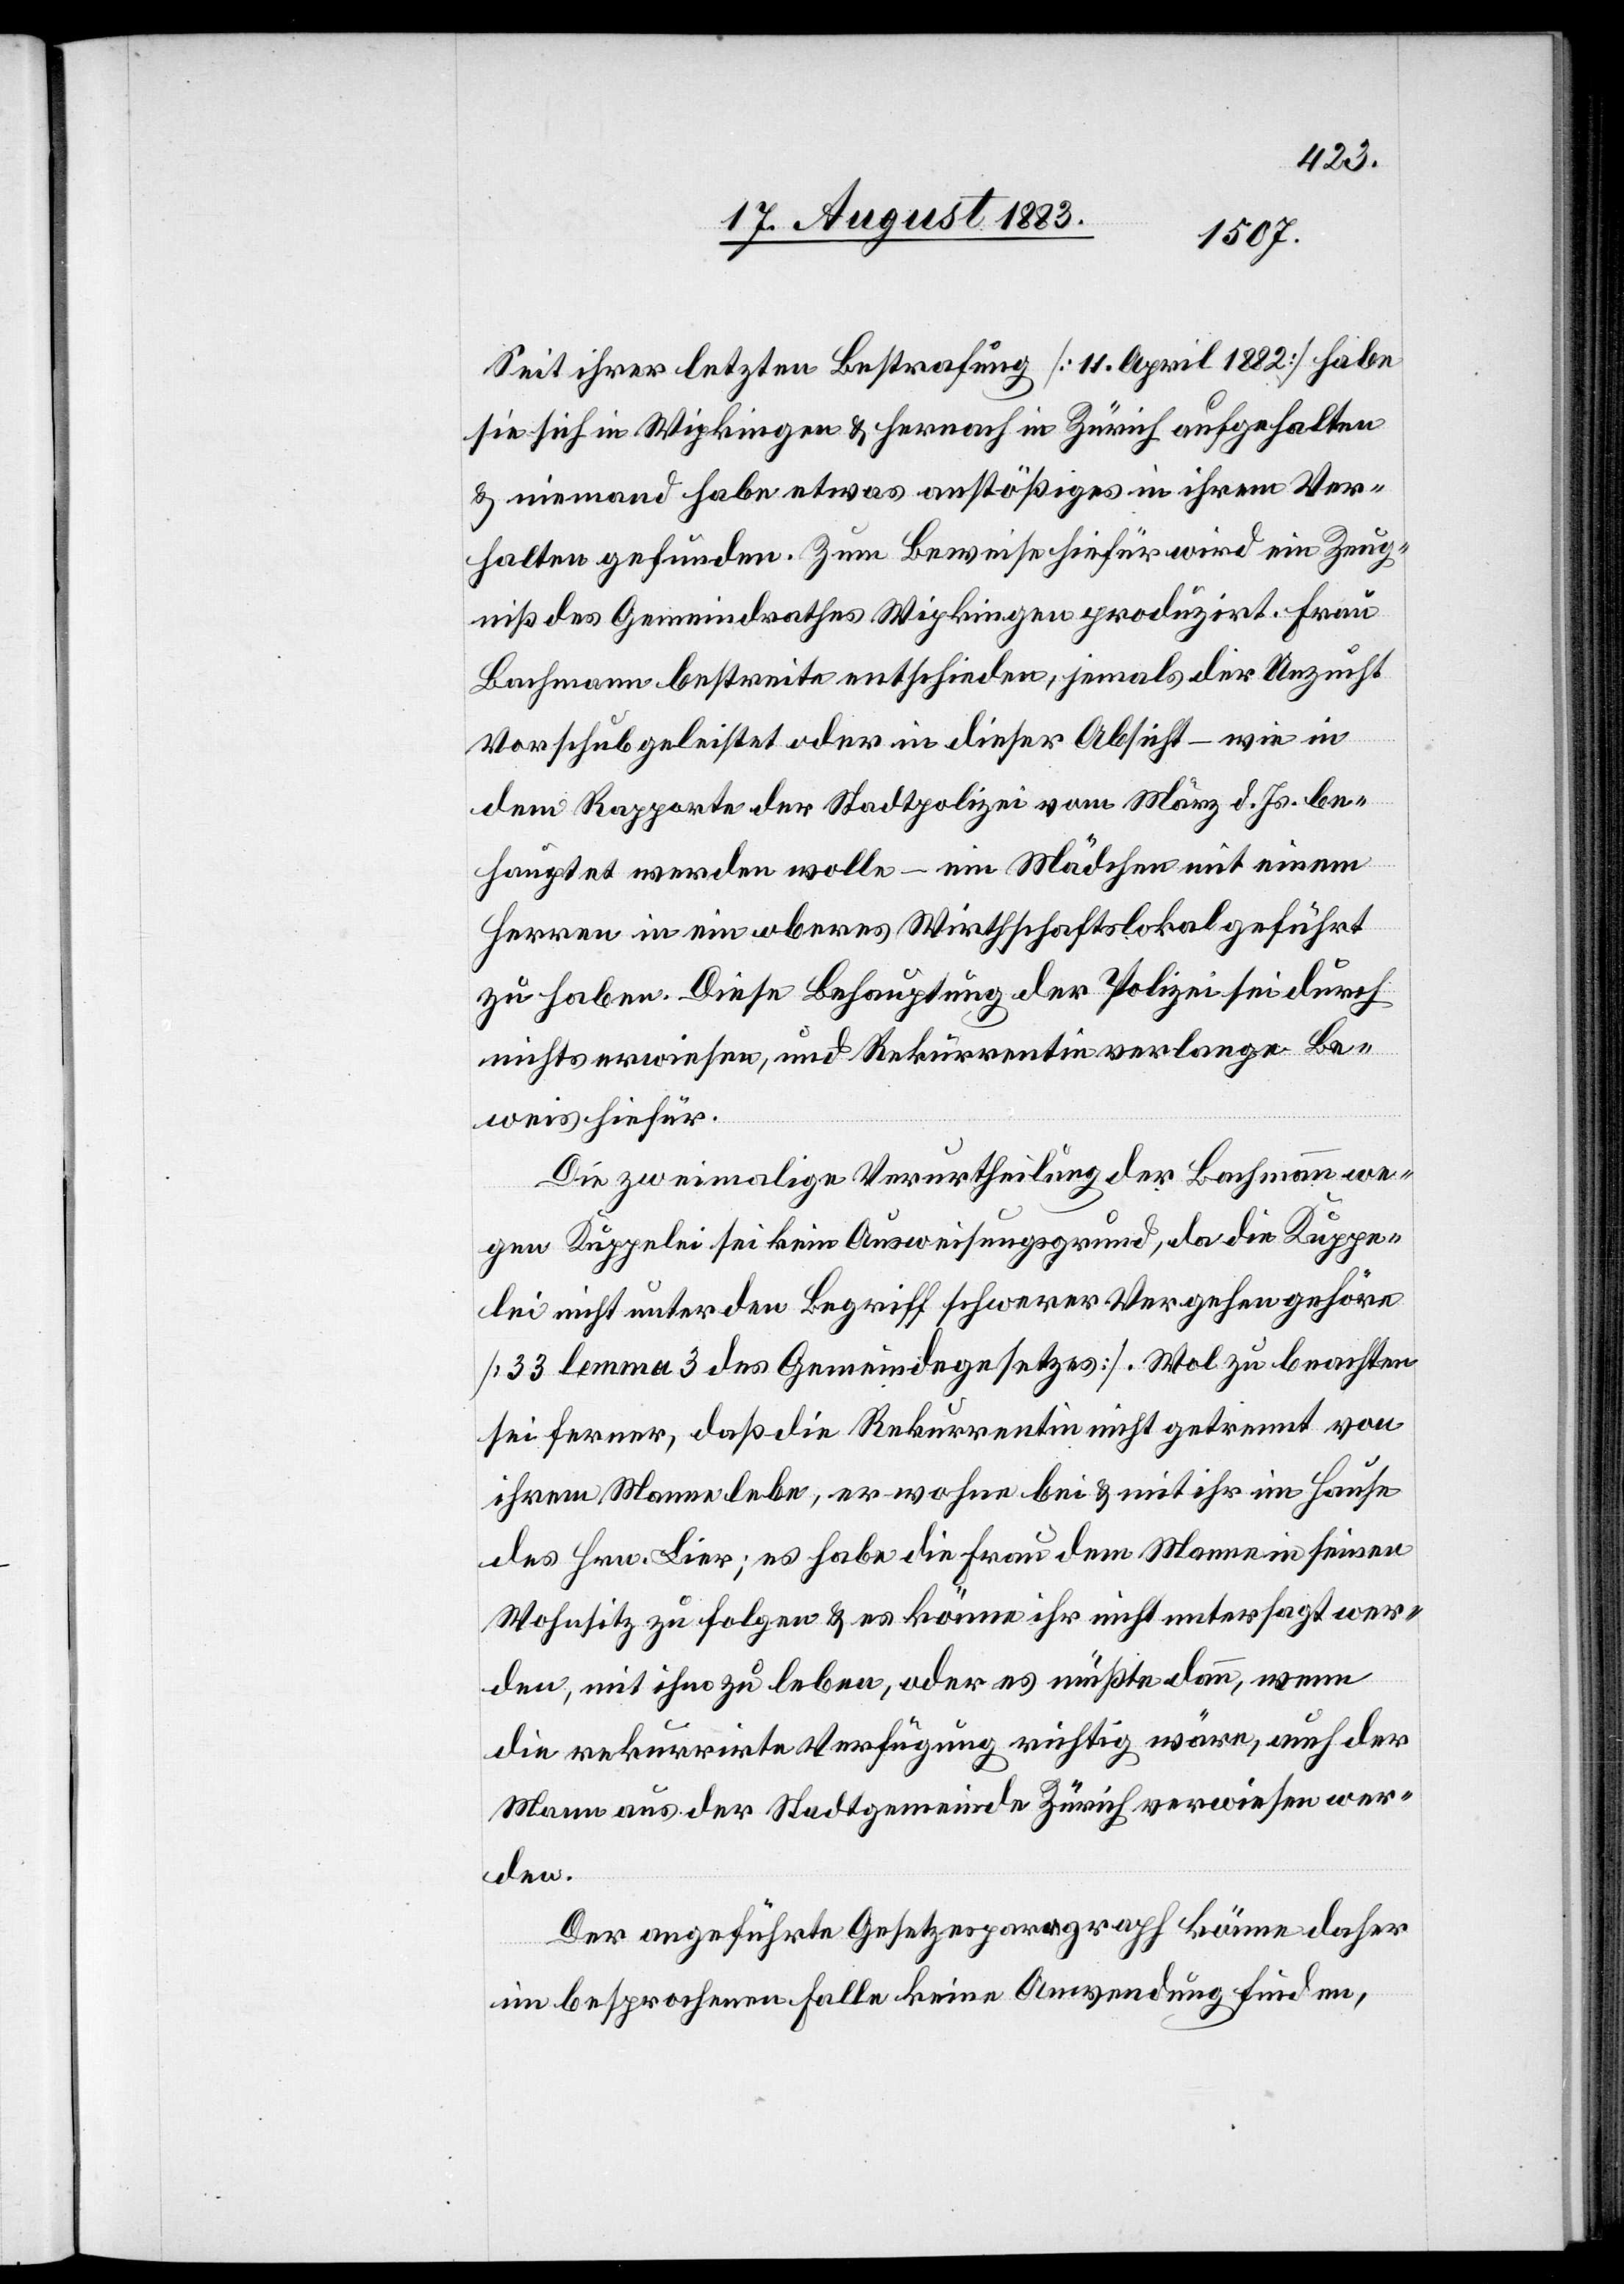
Seit ihrer letzten Bestrafung [11. April 1882] habe
sie sich in Wipkingen & hernach in Zürich aufgehalten
& niemand habe etwas anstößiges in ihrem Ver¬
halten gefunden. Zum Beweise hiefür wird ein Zeug¬
niß des Gemeindrathes Wipkingen produzirt. Frau
Bachmann bestreite entschieden, jemals der Unzucht
Vorschub geleistet oder in dieser Absicht – wie in
dem Rapporte der Stadtpolizei vom März d. Js. be¬
hauptet werden wolle – ein Mädchen mit einem
Herren in ein oberes Wirthschaftslokal geführt
zu haben. Diese Behauptung der Polizei sei durch
nichts erwiesen, und Rekurrentin verlange Be¬
weis hiefür.
Die zweimalige Verurtheilung der Bachmann we¬
gen Kuppelei sei kein Ausweisungsgrund, da die Kuppe¬
lei nicht unter den Begriff schwerer Vergehen gehöre
33 lemma 3 des Gemeindegesetzes]. Wol zu beachten
sei ferner, daß die Rekurrentin nicht getrennt von
ihrem Manne lebe, er wohne bei & mit ihr im Hause
des Hrn. Lier; es habe die Frau dem Manne in seinen
Wohnsitz zu folgen & es könne ihr nicht untersagt wer¬
den, mit ihm zu leben, oder es müßte dann, wenn
die rekurrirte Verfügung richtig wäre, auch der
Mann aus der Stadtgemeinde Zürich verwiesen wer¬
den.
Der angeführte Gesetzesparagraph könne daher
im besprochenen Falle keine Anwendung finden,